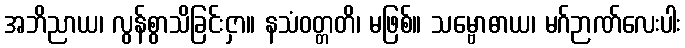
အဘိညာယ၊ လွန်စွာသိခြင်းငှာ။ နသံဝတ္တတိ၊ မဖြစ်။ သမ္ဗောဓာယ၊ မဂ်ဉာဏ်လေးပါး